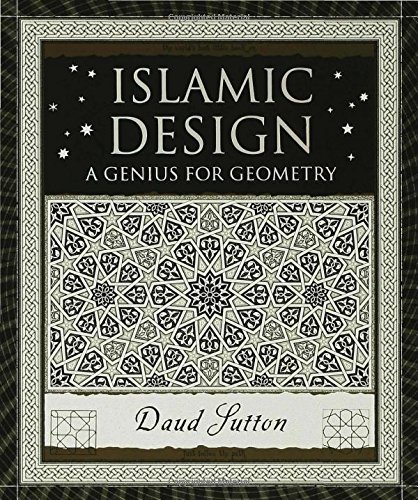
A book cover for Islamic Design: A Genius for Geometry (Wooden Books); Daud Sutton; Science & Math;